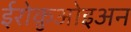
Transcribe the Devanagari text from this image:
ईरोक़ुओइअन